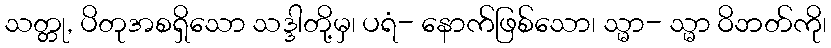
သတ္တု, ပိတုအစရှိသော သဒ္ဒါတို့မှ၊ ပရံ- နောက်ဖြစ်သော၊ သ္မာ- သ္မာ ဝိဘတ်ကို၊